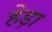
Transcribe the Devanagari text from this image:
हेड़ा